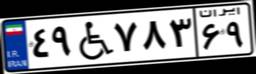
۵۶W۹۶۰۳۶